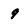
Character: 9